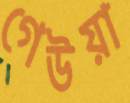
গেউয়া